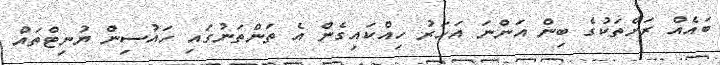
ބައެއް ރަށްތަކުގެ ބިން އަންނަ އަހަރު ހިއްކައިގެން އެ ތަންތަނުގައި ހައުސިން ޔުނިޓްތައް